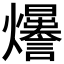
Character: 𤓊